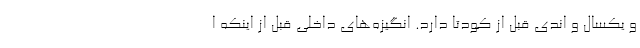
و یکسال و اندی قبل از کودتا دارد. انگیزه‌های داخلی قبل از اینکه ا